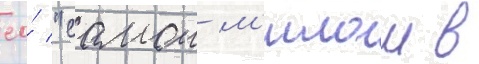
ео́ "самои м'илои в